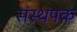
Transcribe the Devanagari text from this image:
संस्थपक